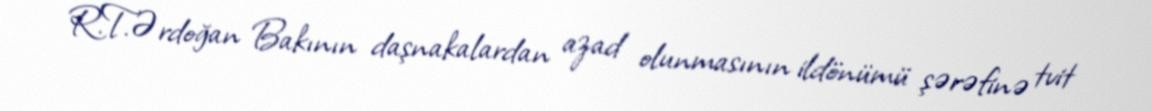
R.T.Ərdoğan Bakının daşnakalardan azad olunmasının ildönümü şərəfinə tvit